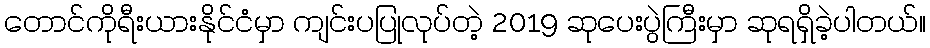
တောင်ကိုရီးယားနိုင်ငံမှာ ကျင်းပပြုလုပ်တဲ့ 2019 ဆုပေးပွဲကြီးမှာ ဆုရရှိခဲ့ပါတယ်။